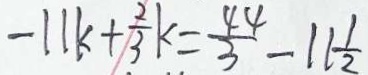
- 1 1 k + \frac { 2 } { 3 } k = \frac { 4 4 } { 3 } - 1 1 \frac { 1 } { 2 }